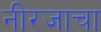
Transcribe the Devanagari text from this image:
नीरजाचा